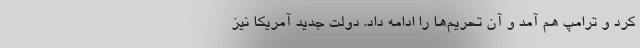
کرد و ترامپ هم‌ آمد و آن تحریم‌ها را ادامه داد. دولت جدید آمریکا نیز